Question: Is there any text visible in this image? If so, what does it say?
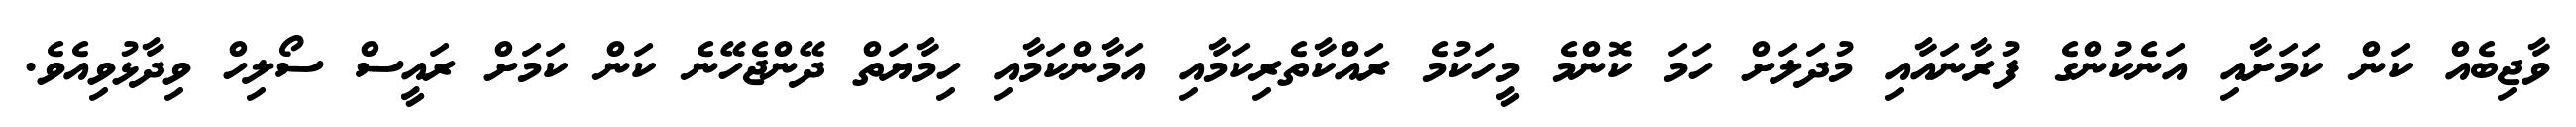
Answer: ވާޖިބެއް ކަން ކަމަށާއި އަނެކުންގެ ފުރާނައާއި މުދަލަށް ހަމަ ކޮންމެ މީހަކުމެ ރައްކާތެރިކަމާއި އަމާންކަމާއި ހިމާޔަތް ދޭންޖެހޭނެ ކަން ކަމަށް ރައީސް ސޯލިހް ވިދާޅުވިއެވެ.